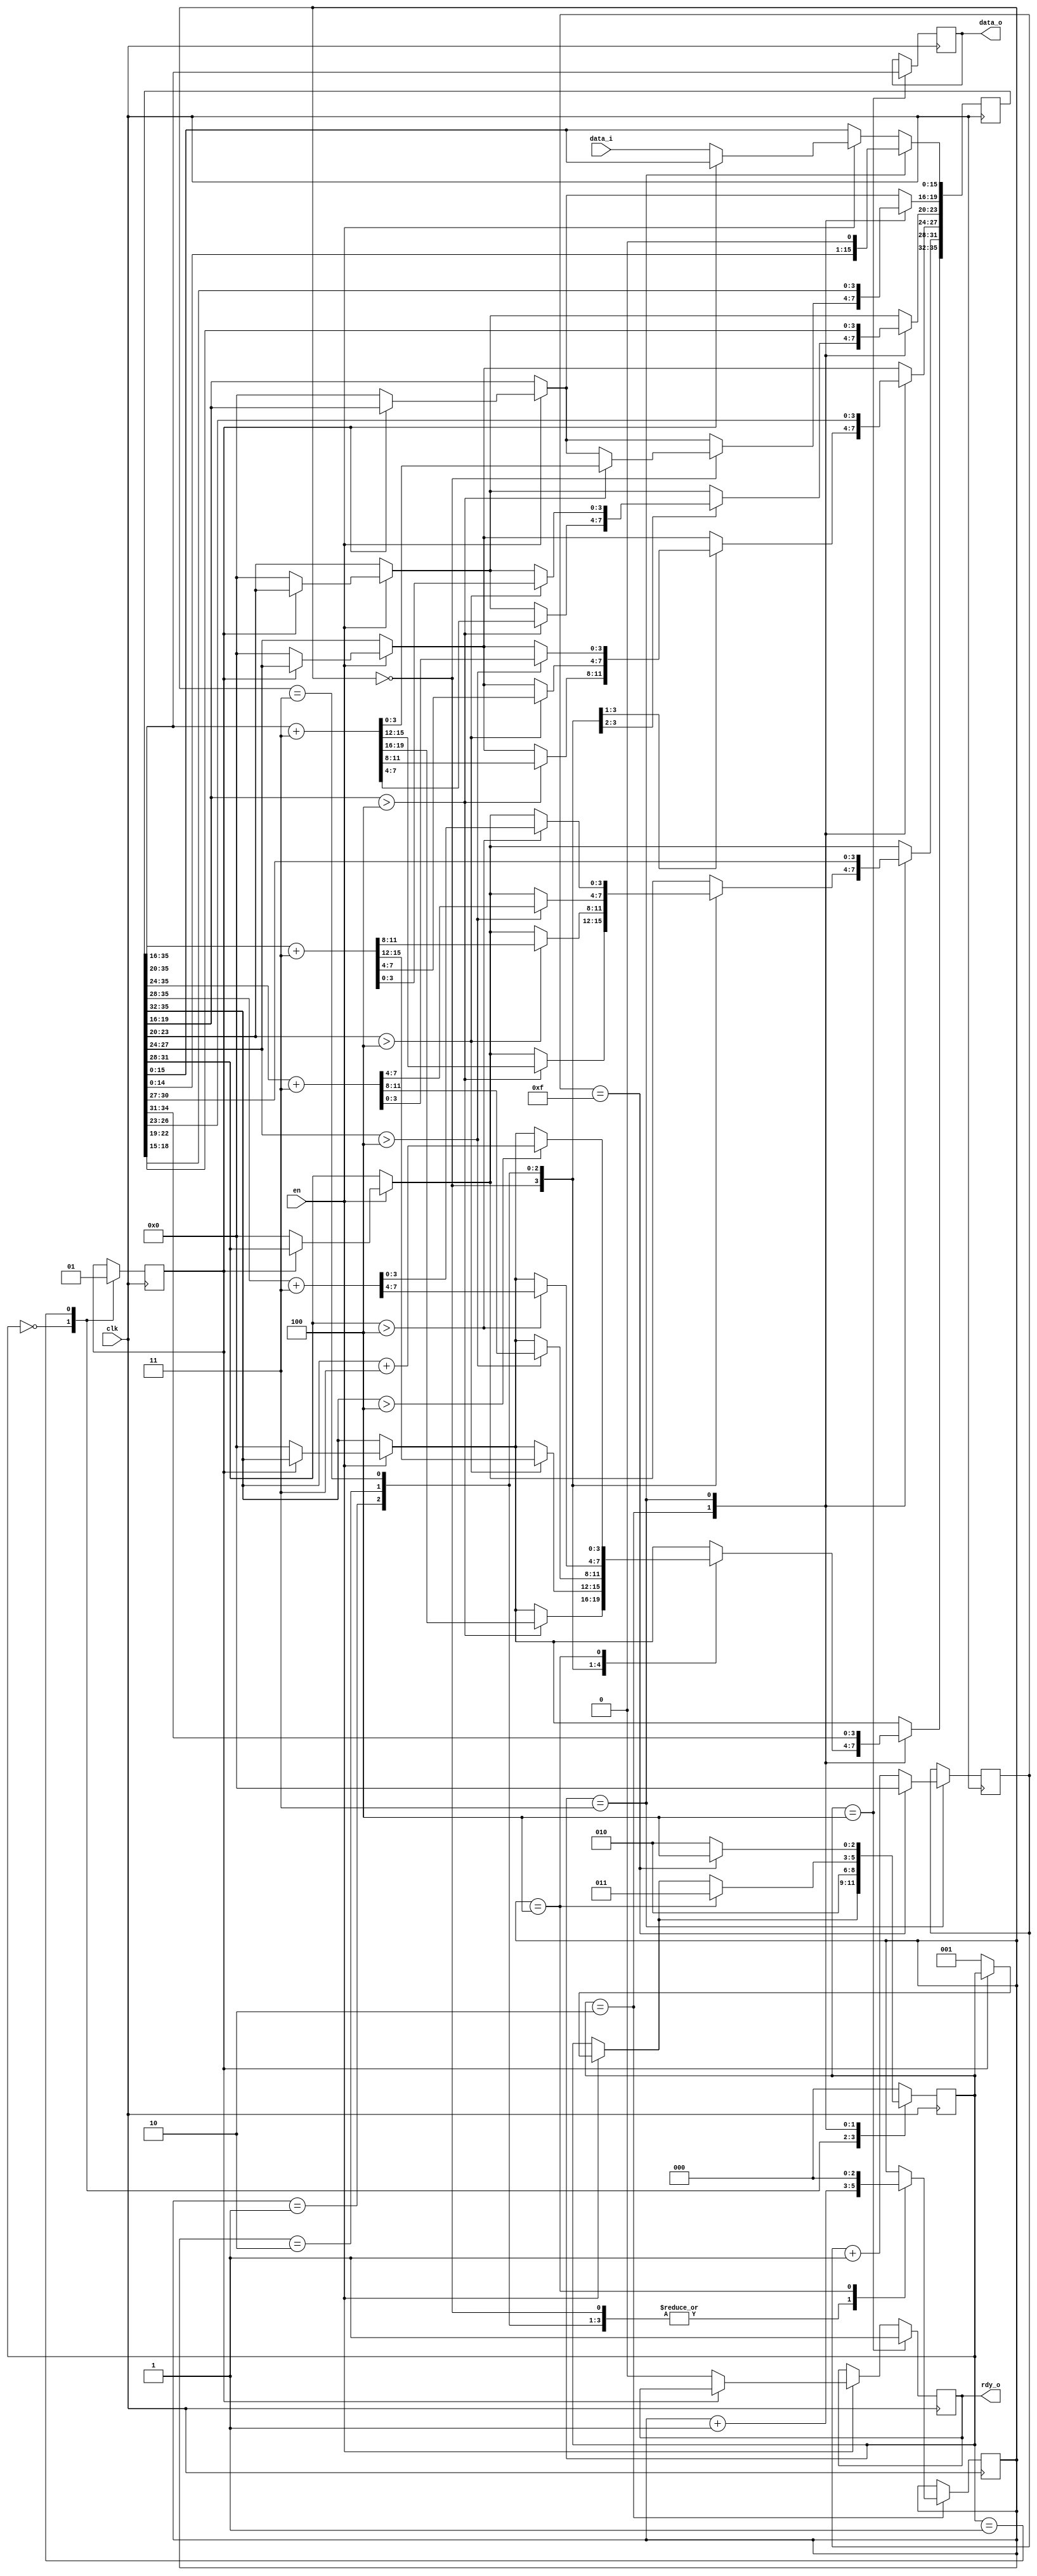
module BCD_converter (
    input clk,
    input en,
    input [15:0] data_i,
    output reg [19:0] data_o = 0,
    output reg rdy_o
);



  localparam [2:0] IDLE = 3'b000, SETUP = 3'b001, ADD = 3'b010, SHIFT = 3'b011, DONE = 3'b100;
  reg busy;
  reg [35:0] bcd_data = 0;
  reg [2:0] state = 0;
  reg [2:0] add_counter = 0;
  reg [3:0] sh_counter = 0;

  always @(posedge clk) begin
    if (en) begin
      if (~busy) begin
        bcd_data <= {20'b0, data_i};
        rdy_o <= 0;
        state <= SETUP;
      end
    end

    case (state)
      IDLE: begin
        busy <= 0;
      end
      SETUP: begin
        busy  <= 1;
        state <= ADD;
      end
      ADD: begin
        case (add_counter)
          0: begin
            if (bcd_data[19:16] > 4) bcd_data[35:16] <= bcd_data[35:16] + 3;
            add_counter <= add_counter + 1;
          end
          1: begin
            if (bcd_data[23:20] > 4) bcd_data[35:20] <= bcd_data[35:20] + 3;
            add_counter <= add_counter + 1;
          end
          2: begin
            if (bcd_data[27:24] > 4) bcd_data[35:24] <= bcd_data[35:24] + 3;
            add_counter <= add_counter + 1;
          end
          3: begin
            if (bcd_data[31:28] > 4) bcd_data[35:28] <= bcd_data[35:28] + 3;
            add_counter <= add_counter + 1;
          end
          4: begin
            if (bcd_data[35:32] > 4) bcd_data[35:32] <= bcd_data[35:32] + 3;
            add_counter <= 0;
            state <= SHIFT;
          end
        endcase
      end
      SHIFT: begin
        sh_counter <= sh_counter + 1;
        bcd_data   <= bcd_data << 1;
        if (sh_counter == 15) begin
          sh_counter <= 0;
          state <= DONE;
        end else begin
          state <= ADD;
        end
      end
      DONE: begin
        rdy_o  <= 1;
        state  <= IDLE;
        data_o <= bcd_data[35:16];
      end
      default: state <= IDLE;
    endcase
  end
endmodule